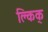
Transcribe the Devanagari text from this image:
क्लिक्